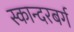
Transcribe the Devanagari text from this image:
स्कान्दरबर्ग